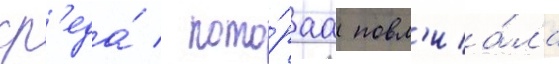
ср'еда́ / кото́раа повл'иа́ла